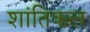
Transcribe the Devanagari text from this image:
शांतिकल